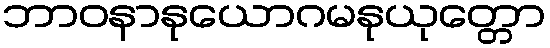
ဘာဝနာနုယောဂမနုယုတ္တော